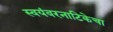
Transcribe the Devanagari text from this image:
स्वयंवरनाटिकेचा